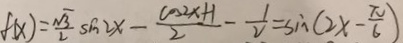
f ( x ) = \frac { \sqrt { 3 } } { 2 } \sin 2 x - \frac { \cos 2 x + 1 } { 2 } - \frac { 1 } { 2 } = \sin ( 2 x - \frac { \pi } { 6 } )